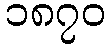
၁၈၇၀